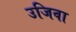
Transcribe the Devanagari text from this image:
उजिवा